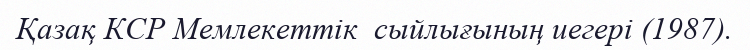
Қазақ КСР Мемлекеттік  сыйлығының иегері (1987).